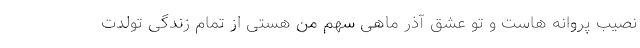
نصیب پروانه هاست و تو عشق آذر ماهی سهم من هستی از تمام زندگی تولدت